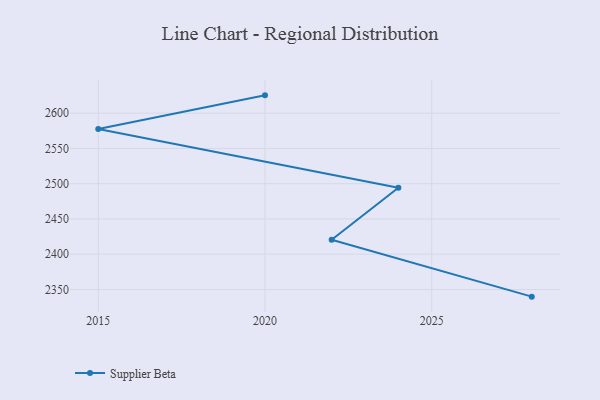
{"axis": {"x": "Year", "y": "Backlog"}, "legend": ["Supplier Beta"], "data": [{"x": "2020", "y": 2625.3, "type": "Supplier Beta"}, {"x": "2015", "y": 2577.7, "type": "Supplier Beta"}, {"x": "2024", "y": 2494.2, "type": "Supplier Beta"}, {"x": "2022", "y": 2420.6, "type": "Supplier Beta"}, {"x": "2028", "y": 2339.8, "type": "Supplier Beta"}]}